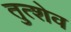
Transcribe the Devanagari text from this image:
तुत्शेव